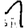
Digit: 1